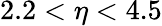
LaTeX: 2.2<\eta<4.5